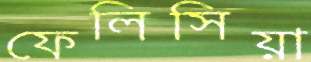
ফেলিসিয়া